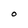
Character: O